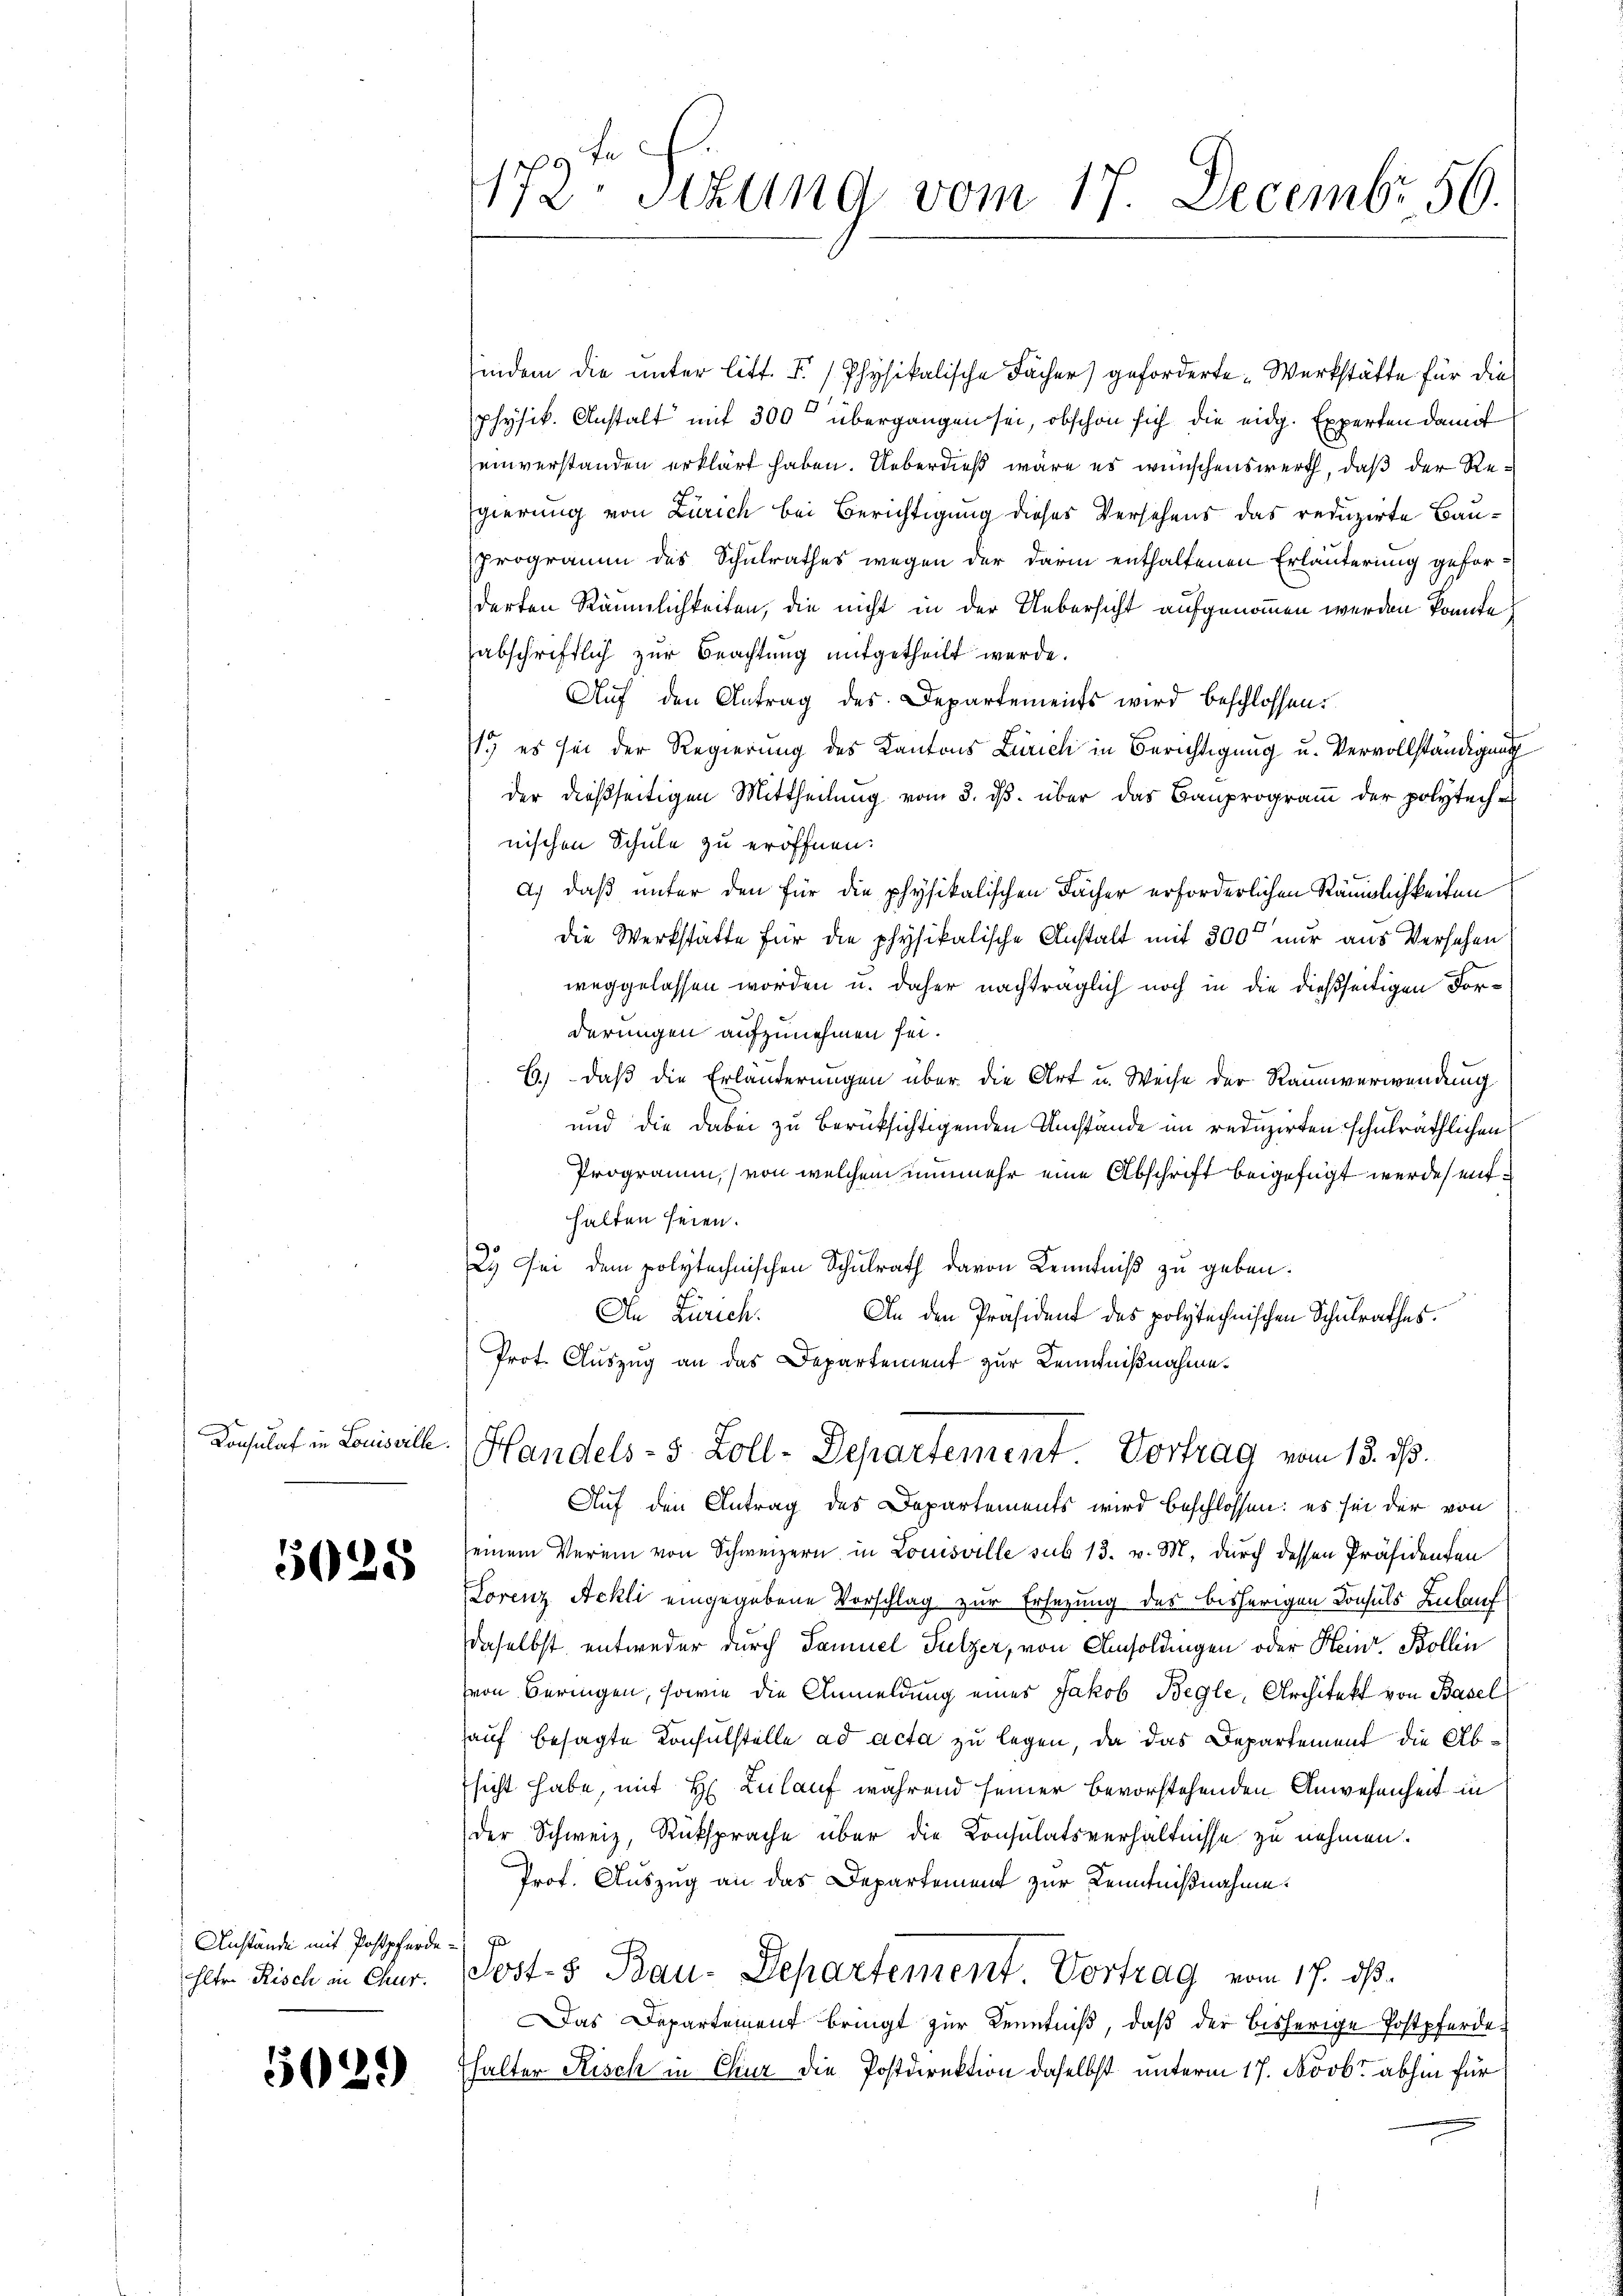
Konsulat in Louisville

5025

Anstände mit Postpferde

5029)

172 Stzung vom 17. Decembr 56.

indem die unter litt. I. / Physikalische Fächer) geforderte Werkstätte für die
physik. Anstalt mit 300 übergangen sei, obschon sich die eidg. Experten damit
einverstanden erklärt haben. Ueberdieß wäre es wünschenswerth, daß der Regierung von Zürich bei Berichtigung dieses Versehens das reduzirte Bau¬
Programm des Schulrathes wegen der darin enthaltenen Erläuterung gefordarten Räumlichkeiten, die nicht in der Uebersicht aufgenommen werden könnte
abschriftlich zur Beachtung mitgetheilt werde.
Auf den Antrag des Departements wird beschlossen:
1. es sei der Regierung des Kantons Zürich in Berichtigung u. Vervollständigung
der dießseitigen Mittheilung vom 3. ds. über das Bauprogramm der polytech-
nischen Schule zu eröffnen.
a.) daß unter den für die physikalischen Fächer erforderlichen Räumlichkeiten
die Werkstätte für die physikalische Anstalt mit 300 nur aus Versehen
weggelassen worden u. daher nachträglich noch in die dießseitigen Forderungen aufzunehmen sei.
6.) daß die Erläuterungen über die Art u. Weise der Raumverwendung
und die dabei zu berücksichtigenden Umstände im reduzirten schulräthlichen
Programm, von welchem nunmehr eine Abschrift beigefügt werde, enthalten seien.
2. Sei dem polytechnischen Schulrath davon Kenntniß zu geben.
In Zürich.
An den Präsident des polytechnischen Schulrathes.
Prot. Auszug an das Departement zur Kenntnißnahme.

Handels- 5 Zoll-Departement Vortrag vom 13. ds.

Auf den Antrag des Departements wird beschlossen: es sei der von
seinem Verein von Schweizern in Louisville sub 13. v. M. durch dessen Präsidenten
Lorenz Ackli eingegebene Vorschlag zur Ersezung des bisherigen Konsuls Ankauf
Daselbst entweder durch Samuel Sulzer, von Umsoldingen oder Heinr. Bollin
von Beringen, sowie die Anmeldung eines Jakob Begle, Architekt von Basel
hauf besagte Konsulstelle ad acta zu legen, da das Departement die Abfsicht habe, mit H. Lulauf während seiner bevorstehenden Anwesenheit in
der Schweiz, Rücksprache über die Konsulatsverhältnisse zu nehmen.
Prof. Auszug an das Departement zur Kenntnißnahme.
Elter Risch in Chur. Post- & Bau-Departement. Vortrag vom 17. ds.
Das Departement bringt zur Kenntniß, daß der bisherige Postpferde.
halter Risch in Chur die Postdirektion daselbst unterm 17. Novbr. abhin für